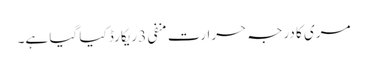
مری کا درجہ حرارت منفی 3 ریکارڈ کیا گیا ہے۔